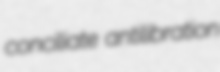
conciliate antilibration